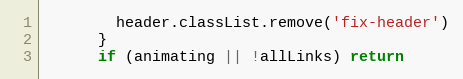
Language: JavaScript
        header.classList.remove('fix-header')
      }
      if (animating || !allLinks) return